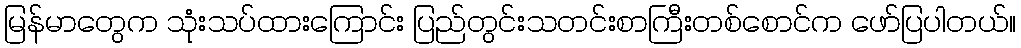
မြန်မာတွေက သုံးသပ်ထားကြောင်း ပြည်တွင်းသတင်းစာကြီးတစ်စောင်က ဖော်ပြပါတယ်။